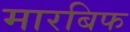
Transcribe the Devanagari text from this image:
मारबिफ